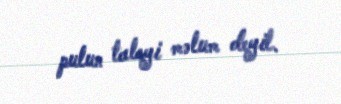
pulun taleyi məlum deyil.